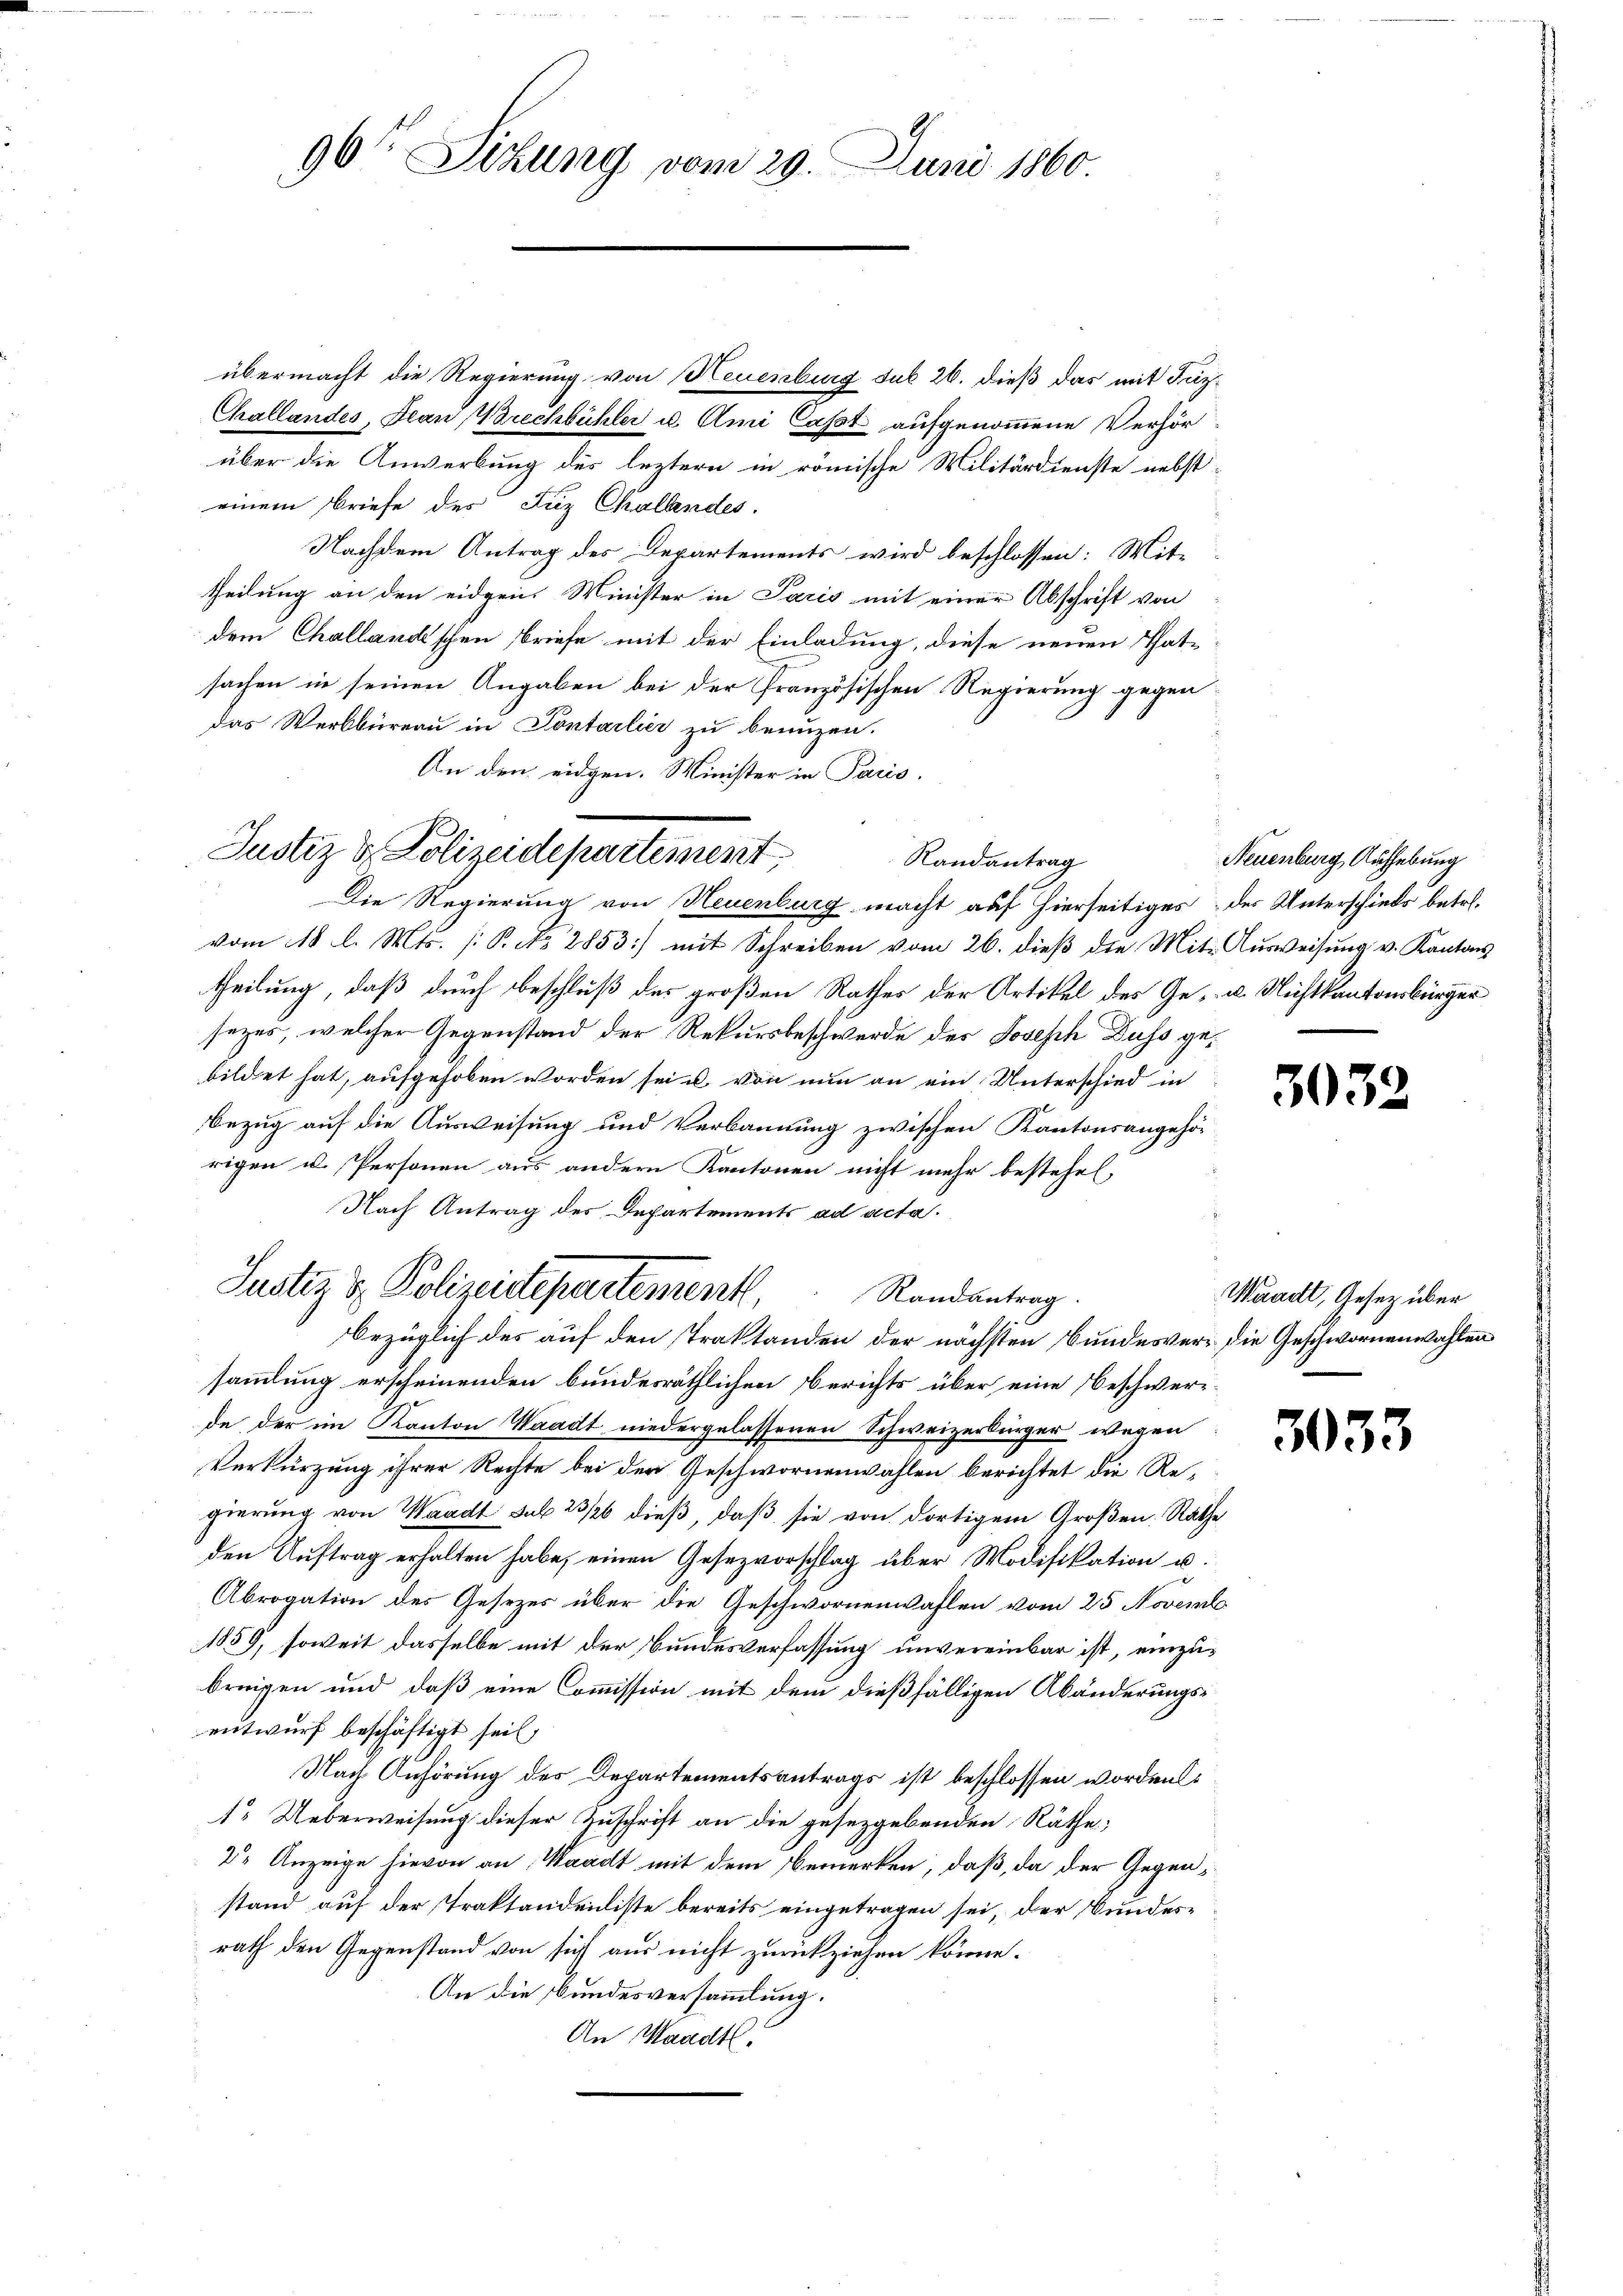
96t Sitzung vom 29. Juni 1860.

Challandes, Jean rechbühler u. Ami Casst aufgenommene Verhör
über die Anwerbung des leztern in römische Militärdienste nebst-
einem Briefe des Juz Challendes.
Nachdem Antrag des Departements wird beschlossen: Mit-
theilung an den eidgen. Minister in Paris mit einer Abschrift von
dem Challandschen Briefe mit der Einladung, diese neuen Thatsachen in seinen Angaben bei der Französischen Regierung gegen
das Werkbüreau in Contarlier zu benuzen.
An den eidgen. Minister in Paris.

übermacht die Regierung von Neuenburg sub 26. dieß das mit Faz¬

Die Regierung von Neuenburg macht auf hierseitiges der Unterschieds betr.
vom 18. l. Mts. [P. No 2853] mit Schreiben vom 26. dieß die Mit- Ausweisung v. Kantons
theilung, daß durch beschluß des großen Rathes der Artikel des Ge- u. Nichtkantonsbürger
sezes, welcher Gegenstand der Rekursbeschwerde des Joseph Duss gebildet hat, aufgehoben worden sei u. von nun an ein Unterschied in
Bezug auf die Ausweisung und Verbannung zwischen Kantonsangehör
rigen u. Personen aus andern Kantonen nicht mehr bestehet,
Nach Antrag des Departements ad acta.
bezüglich des auf den Traktanden der nächsten Bundesver- die Geschwornenwahlen
sammlung erscheinenden bundesräthlichen Berichts über eine Beschwerede der im Kanton Waadt niedergelassenen Schweizerbürger wegen
Verkürzung ihrer Rechte bei der Geschwornenwahlen berichtet die Regierung von Waadt sub 23/26 dieß, daß sie von dortigem Großen Rathe
den Auftrag erhalten habe, einen Gesezvorschlag über Modifikation u.
Abrogation des Gesezes über die Geschwornenwahlen vom 25. Novemb
1859, soweit dasselbe mit der Bundesverfassung unvereinbar ist, einzubringen und daß eine Commission mit dem dießfälligen Abänderungsentwurf beschäftigt seit
Nach Anhörung des Departementsantrags ist beschlossen worden:
1. Ueberweisung dieser Zuschrift an die gesetzgebenden Räthe;
2. Anzeige hievon an Waadt mit dem Bemerken, daß, da der Gegenstand auf der Traktandendiste bereits eingetragen sei, der Bundes-
rath den Gegenstand von sich aus nicht zurückziehen könne.
An die Bundesversammlung.
An Waadt.

Justiz & Polizeidepartement.
Randantrag

Justiz & Polizeidepartementl. Randantrag.

Neuenburg, Aufhebung

3032

Waadt, Gesetz über

3033